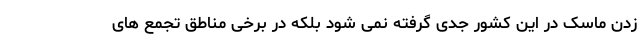
زدن ماسک در این کشور جدی گرفته نمی شود بلکه در برخی مناطق تجمع های